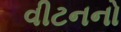
વીટનનો